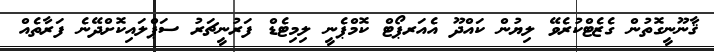
ޤާނޫނީގޮތުން ގެޒެޓްކުރެވޭ ލިޔުން ކައްދޫ އެއަރޕޯޓް ކޮމްޕެނީ ލިމިޓެޑް ފަރުނީޗަރު ސަޕްލައިކޮށްދޭނެ ފަރާތެއް